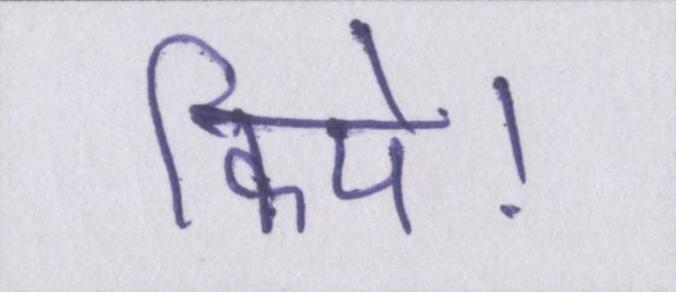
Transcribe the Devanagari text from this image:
किये।